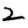
Digit: 2